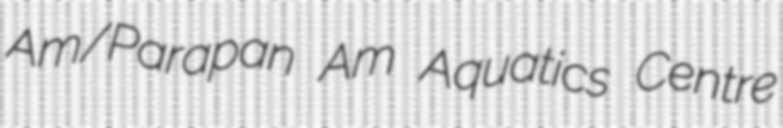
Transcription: Am/Parapan Am Aquatics Centre